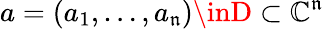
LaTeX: a=(a_{1},\dots,a_{\mathfrak{n}})\inD\subset\mathbb{{C}}^{\mathfrak{n}}